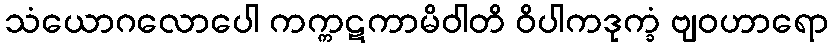
သံယောဂလောပေါ ကက္ကဋကာမိဝါတိ ဝိပါကဒုက္ခံ ဗျဝဟာရော